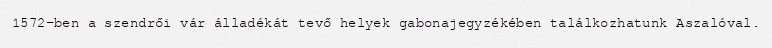
1572-ben a szendrői vár álladékát tevő helyek gabonajegyzékében találkozhatunk Aszalóval.